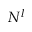
N ^ { l }